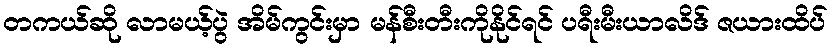
တကယ်ဆို လာမယ့်ပွဲ အိမ်ကွင်းမှာ မန်စီးတီးကိုနိုင်ရင် ပရီးမီးယာလိဒ် ဇယားထိပ်